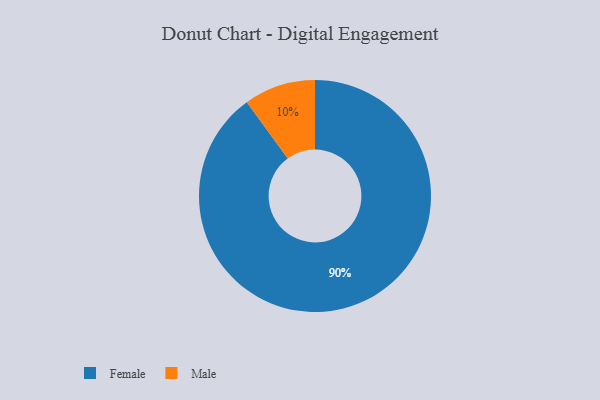
{"axis": {"x": "Category", "y": "Percentage"}, "legend": ["Female", "Male"], "data": [{"x": "Female", "y": 90, "type": "Female"}, {"x": "Male", "y": 10, "type": "Male"}]}